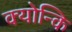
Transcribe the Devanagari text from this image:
क्योन्कि